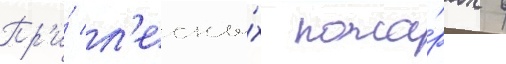
Пр'и́ л'есны́х пожа́рах в